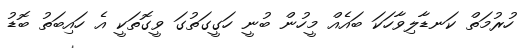
ހުރުމަތް ކަނޑާލިވާހަކަ ބައެއް މީހުން ބުނީ ހަގީގަތުގަ ވީގޮތަކީ އެ ހައިބަތު ބޮޑު